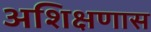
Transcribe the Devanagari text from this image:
अशिक्षणास